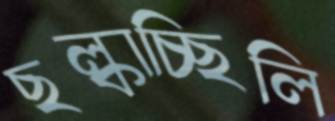
ছল্‌কাচ্ছিলি